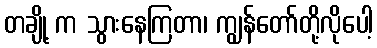
တချို့ က သွားနေကြတာ၊ ကျွန်တော်တို့လိုပေါ့